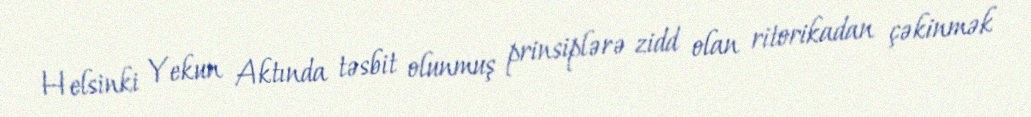
Helsinki Yekun Aktında təsbit olunmuş prinsiplərə zidd olan ritorikadan çəkinmək